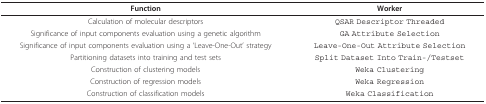
| Function | Worker |
 | --- | --- |
 | Calculation of molecular descriptors | QSAR Descriptor Threaded |
 | Significance of input components evaluation using a genetic algorithm | GA Attribute Selection |
 | Significance of input components evaluation using a 'Leave-One-Out' strategy | Leave-One-Out Attribute Selection |
 | Partitioning datasets into training and test sets | Split Dataset Into Train-/Testset |
 | Construction of clustering models | Weka Clustering |
 | Construction of regression models | Weka Regression |
 | Construction of classification models | Weka Classification |